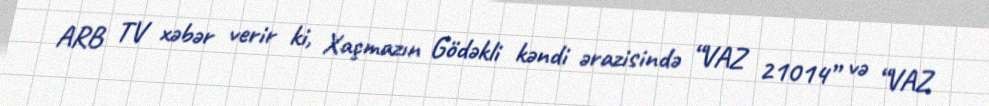
ARB TV xəbər verir ki, Xaçmazın Gödəkli kəndi ərazisində “VAZ 21014” və “VAZ